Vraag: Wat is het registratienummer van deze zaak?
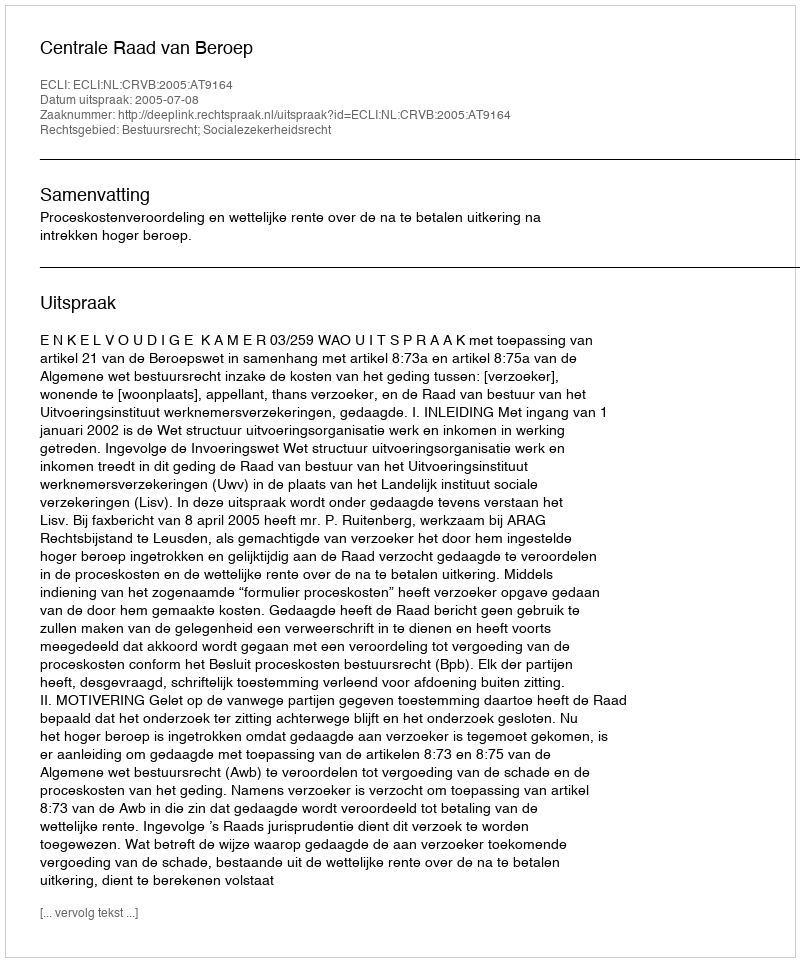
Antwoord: http://deeplink.rechtspraak.nl/uitspraak?id=ECLI:NL:CRVB:2005:AT9164